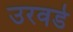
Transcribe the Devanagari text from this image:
उरवडे